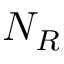
N _ { R }